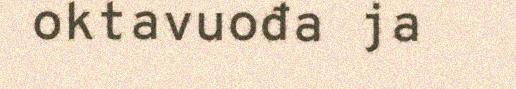
oktavuođa ja